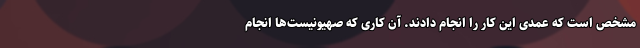
مشخص است که عمدی این کار را انجام دادند. آن کاری که صهیونیست‌ها انجام